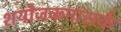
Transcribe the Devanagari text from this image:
शयोजकमांसर्क